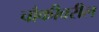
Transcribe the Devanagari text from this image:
चौकीवरील